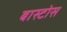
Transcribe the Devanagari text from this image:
बास्टोस